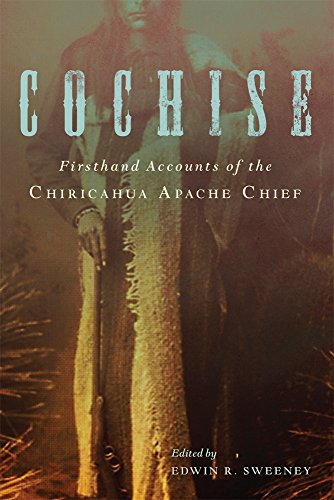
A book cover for Cochise: Firsthand Accounts of the Chiricahua Apache Chief; Biographies & Memoirs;